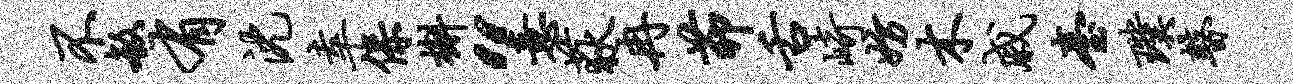
不敏有沈幸保槲“意荻冉茆舌崎妨木戚台璞瞽